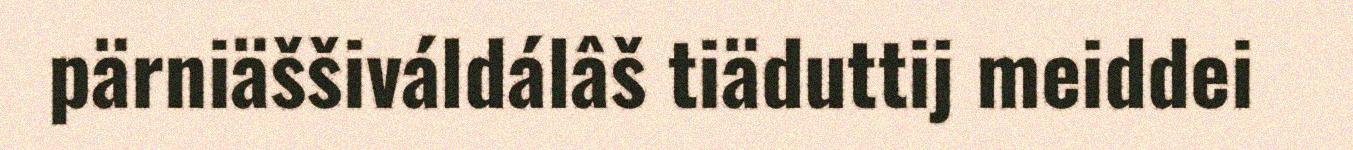
pärniäššiváldálâš tiäduttij meiddei